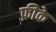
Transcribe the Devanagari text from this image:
फ़ीके